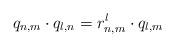
LaTeX: \begin{align*} q_{n,m} \cdot q_{l,n}= r^{l}_{n,m} \cdot q_{l,m}\end{align*}